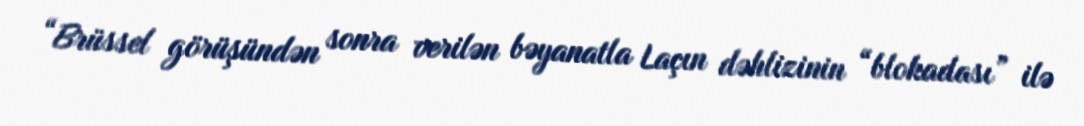
“Brüssel görüşündən sonra verilən bəyanatla Laçın dəhlizinin “blokadası” ilə